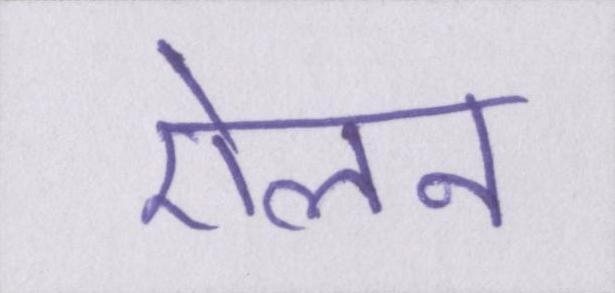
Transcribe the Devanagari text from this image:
ऐलन